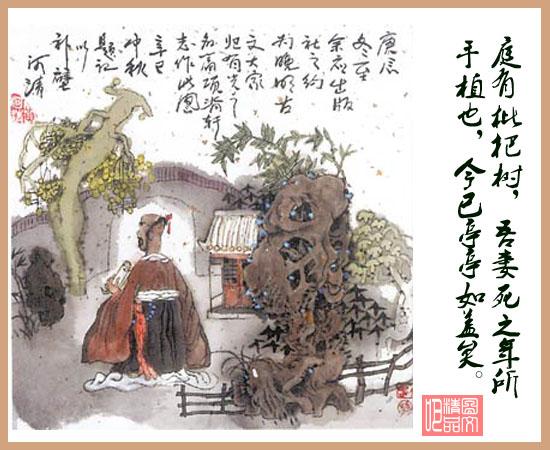
松竹含新秋，轩窗有余清。